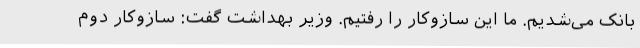
بانک می‌شدیم. ما این سازوکار را رفتیم. وزیر بهداشت گفت: سازوکار دوم